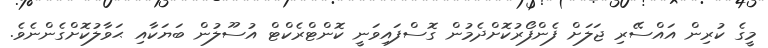
މީގެ ކުރިން އައްސޭރި ޖަލަށް ފެންފޯރުކޮށްދެމުން ގޮސްފައިވަނީ ކޮންޓްރެކްޓް އުސޫލުން ބަޔަކާއި ޙަވާލުކޮށްގެންނެވެ.